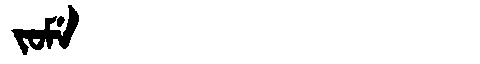
Manchu: ᠵᠣᠮᡝ
Romanization: JOME